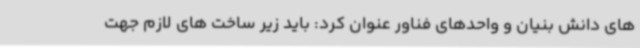
های دانش بنیان و واحدهای فناور عنوان کرد: باید زیر ساخت های لازم جهت